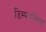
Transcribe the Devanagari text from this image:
डिस्प्लासिया